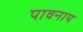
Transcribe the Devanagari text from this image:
पावनाय